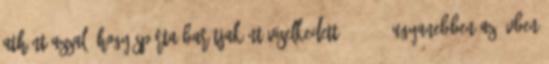
Athént azzal, hogy Spárta barátjaként viselkedett. 26 27 Ugyanebben az évben